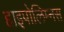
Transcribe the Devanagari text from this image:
हाइपोलिम्नस